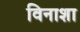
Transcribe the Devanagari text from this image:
विनाशा